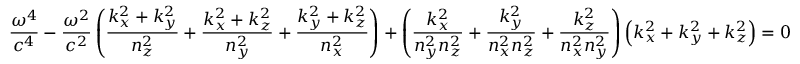
{ \frac { \omega ^ { 4 } } { c ^ { 4 } } } - { \frac { \omega ^ { 2 } } { c ^ { 2 } } } \left( { \frac { k _ { x } ^ { 2 } + k _ { y } ^ { 2 } } { n _ { z } ^ { 2 } } } + { \frac { k _ { x } ^ { 2 } + k _ { z } ^ { 2 } } { n _ { y } ^ { 2 } } } + { \frac { k _ { y } ^ { 2 } + k _ { z } ^ { 2 } } { n _ { x } ^ { 2 } } } \right) + \left( { \frac { k _ { x } ^ { 2 } } { n _ { y } ^ { 2 } n _ { z } ^ { 2 } } } + { \frac { k _ { y } ^ { 2 } } { n _ { x } ^ { 2 } n _ { z } ^ { 2 } } } + { \frac { k _ { z } ^ { 2 } } { n _ { x } ^ { 2 } n _ { y } ^ { 2 } } } \right) \left( k _ { x } ^ { 2 } + k _ { y } ^ { 2 } + k _ { z } ^ { 2 } \right) = 0